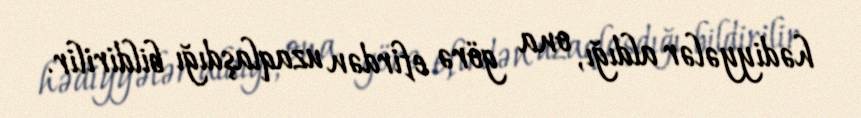
hədiyyələr aldığı, ona görə efirdən uzaqlaşdığı bildirilir.